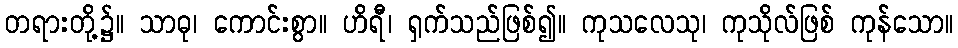
တရားတို့၌။ သာဓု၊ ကောင်းစွာ။ ဟိရီ၊ ရှက်သည်ဖြစ်၍။ ကုသလေသု၊ ကုသိုလ်ဖြစ် ကုန်သော။